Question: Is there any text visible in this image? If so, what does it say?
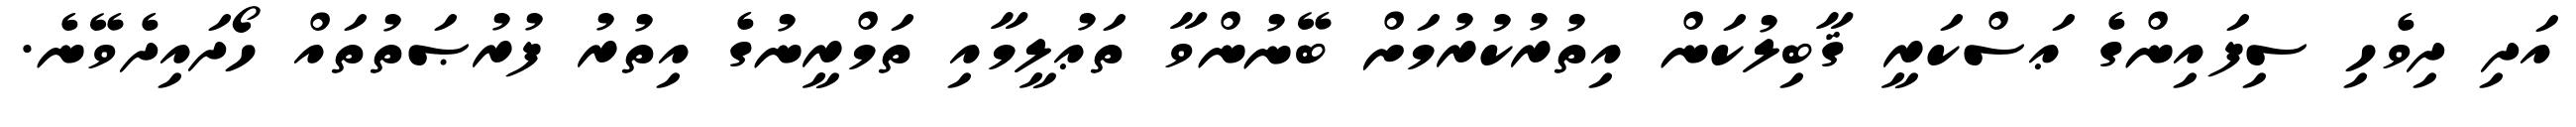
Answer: އަދި ދިވެހި ސިފައިންގެ ޢަސްކަރީ ޤާބިލުކަން އިތުރުކުރުމަށް ބޭނުންވާ ތަޢުލީމާއި ތަމްރީނުގެ އިތުރު ފުރުޞަތުތައް ހޯދައިދެވޭނެ.